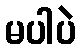
မပါပဲ